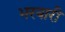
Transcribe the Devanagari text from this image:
भरवारी